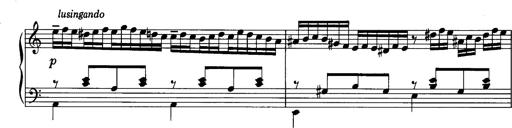
Title: La romanesca
Composer: Franz Liszt